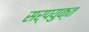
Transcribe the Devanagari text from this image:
सर्पयुक्त